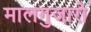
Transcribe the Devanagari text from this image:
मालगुजारो